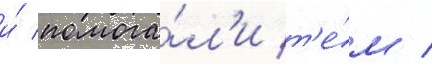
и́ помога́л'и т'е́м /